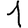
Digit: 1